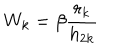
W _ { k } = \beta \frac { r _ { k } } { h _ { 2 k } }